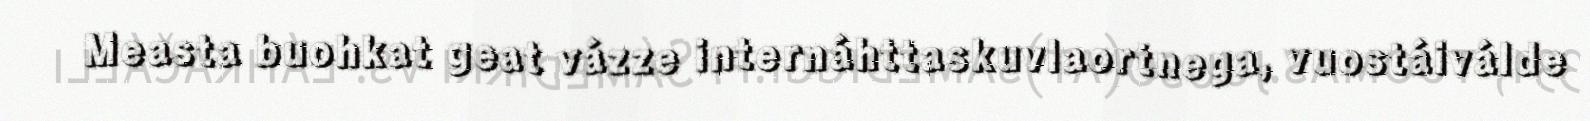
Measta buohkat geat vázze internáhttaskuvlaortnega, vuostáiválde